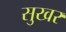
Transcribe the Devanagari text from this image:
सुखर